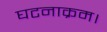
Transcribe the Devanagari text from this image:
घटनाक्रम।